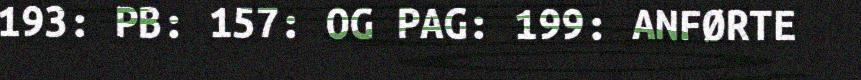
193: PB: 157: OG PAG: 199: ANFØRTE